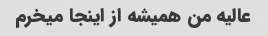
عالیه من همیشه از اینجا میخرم